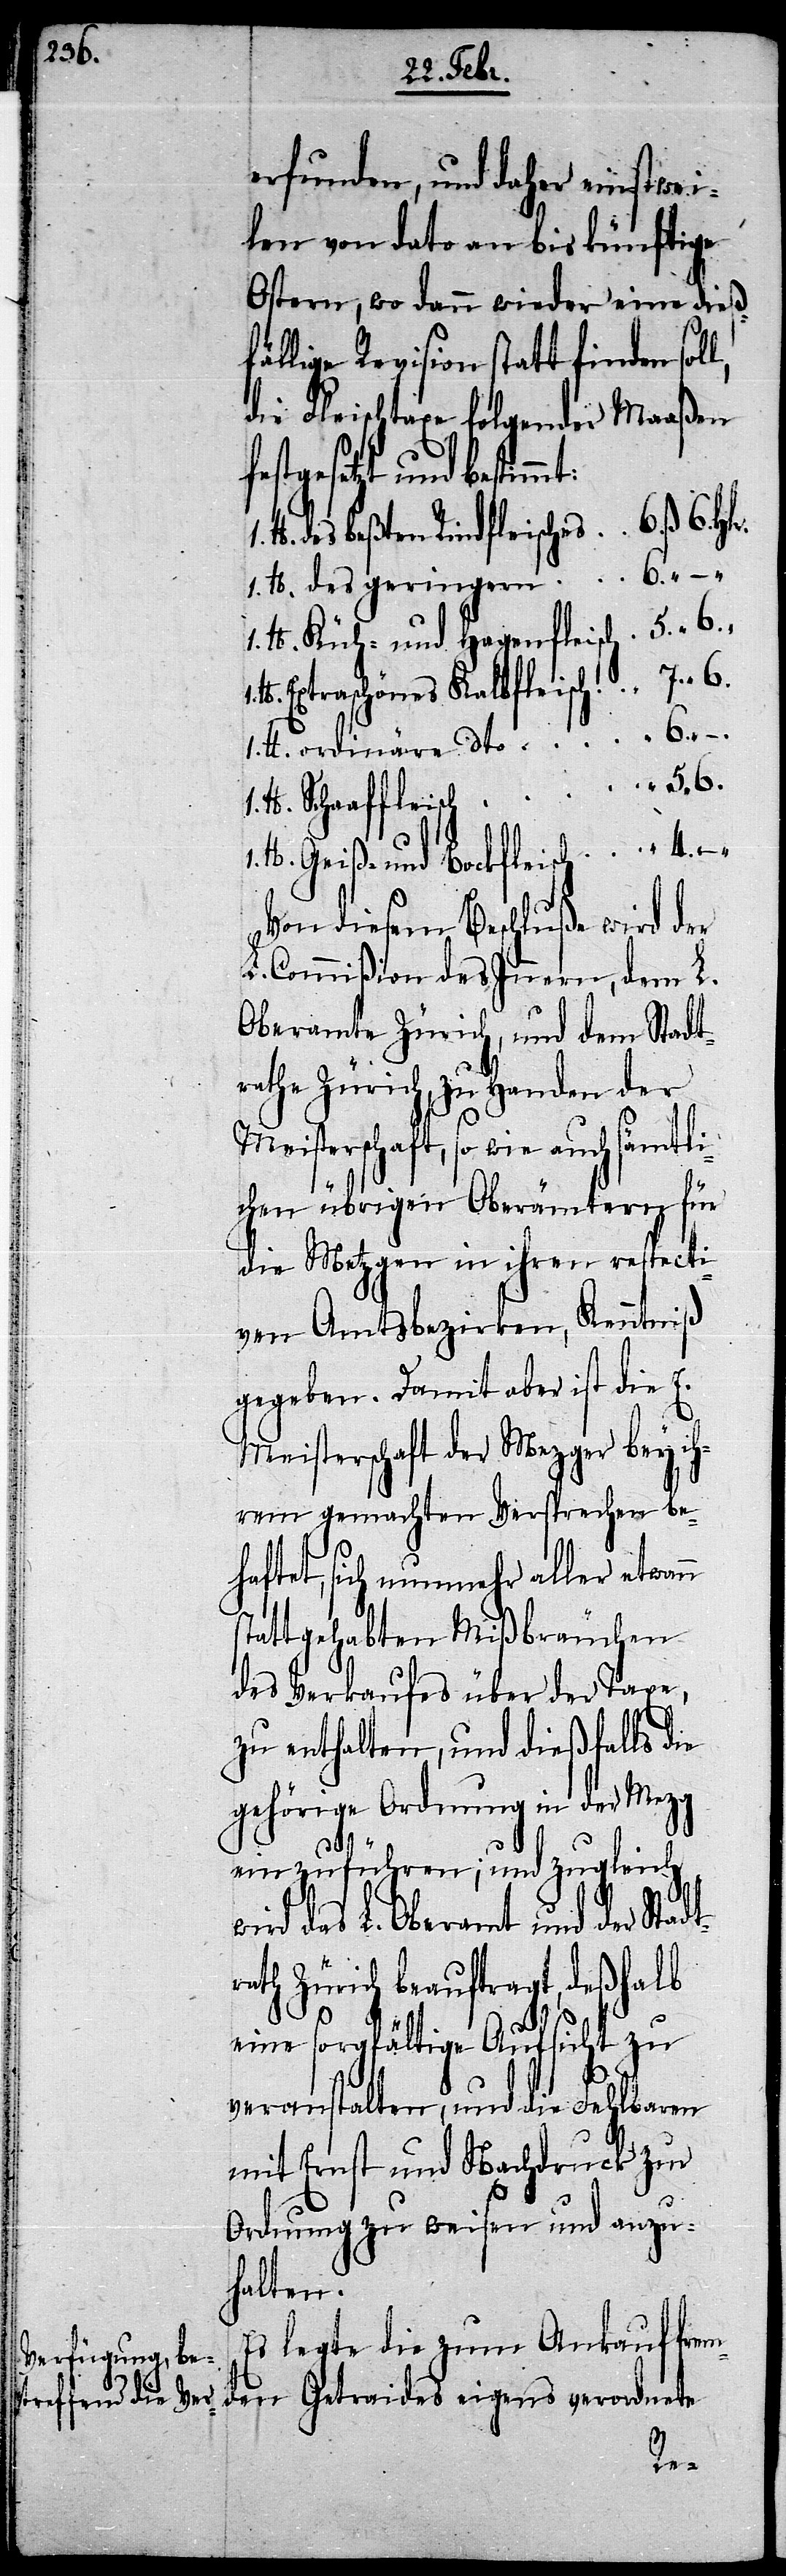
erfunden, und daher einstwei¬
len von dato an bis künftige
Ostern, wo dann wieder eine dieß¬
fällige Revision statt finden sol¬
die Fleischtaxe folgender Maaßen
stgesetzt und bestimm¬
des beßten Rindfleisches
Küh- und Hagenfleisch
Extraschönes Kalbfleisch
ordinäre dto
Geiß- und Bockfleisch
Von diesem Beschluße wird der
L. Commißion des Innern, dem L.
Oberamte Zürich, und dem Stadt¬
rathe Zürich, zu Handen der
Meisterschaft, so wie auch sämtl¬
ichen übrigen Oberämtern für
die Metzgen in ihren respecti¬
ven Amtsbezirken, Kenntniß
gegeben. Damit aber ist die E.
Meisterschaft der Mezger bey ih¬
rem gemachten Versprechen be¬
haftet, sich nunmehr aller etwann
stattgehabten Mißbräuchen
des Verkaufes über der Taxe,
zu enthalten, und dießfalls die
gehörige Ordnung in der Mezg
einzuführen; und zugleich
wird das L. Oberamt und der Stadt¬
rath Zürich beauftragt, deßhalb
eine sorgfältige Aufsicht zu
veranstalten, und die Fehlbaren
mit Ernst und Nachdruck zur
Ordnung zu weisen und anzu¬
halten.
Es legte die zum Ankauf frem¬
den